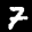
Label: 7